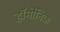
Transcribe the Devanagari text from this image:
हॉर्मोनिक